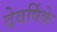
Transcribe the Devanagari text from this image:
देवर्षिके